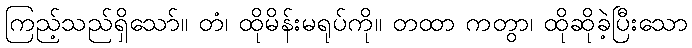
ကြည့်သည်ရှိသော်။ တံ၊ ထိုမိန်းမရုပ်ကို။ တထာ ကတွာ၊ ထိုဆိုခဲ့ပြီးသော